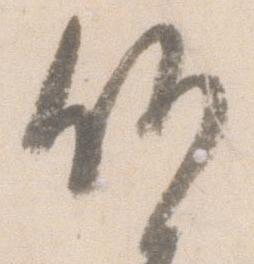
候